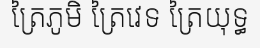
ត្រៃភូមិ ត្រៃវេទ ត្រៃយុទ្ធ